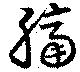
膈